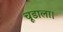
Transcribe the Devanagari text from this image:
चूडाला।